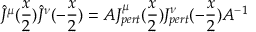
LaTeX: { \hat { J } } ^ { \mu } ( \frac { x } { 2 } ) { \hat { J } } ^ { \nu } ( - \frac { x } { 2 } ) = A J _ { p e r t } ^ { \mu } ( \frac { x } { 2 } ) J _ { p e r t } ^ { \nu } ( - \frac { x } { 2 } ) A ^ { - 1 }